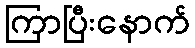
ကြာပြီးနောက်